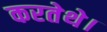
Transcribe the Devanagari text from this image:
करतेथे।